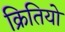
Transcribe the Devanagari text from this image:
क्रितियो